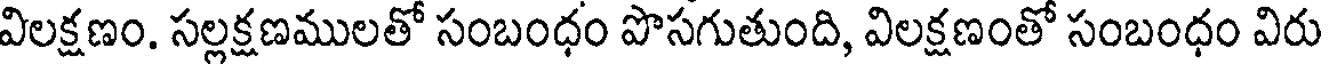
విలక్షణం. సల్లక్షణములతో సంబంధం పొసగుతుంది, విలక్షణంతో సంబంధం విరు